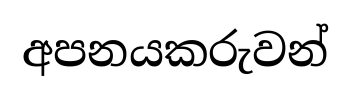
අපනයකරුවන්